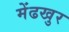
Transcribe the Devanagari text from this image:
मेंढखुर